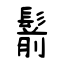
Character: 鬋